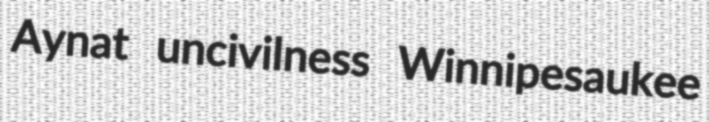
Aynat uncivilness Winnipesaukee